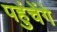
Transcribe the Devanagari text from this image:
पहुंचेंगे